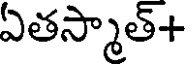
ఏతస్మాత్+